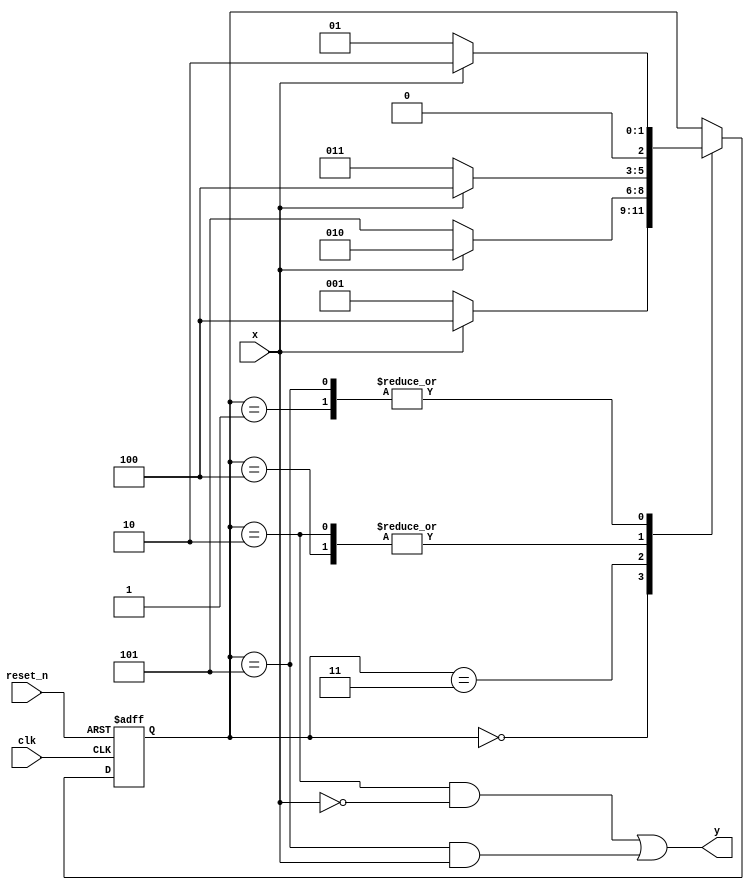
`timescale 1ns / 1ps

module dual_sequence_detector(
    input clk, reset_n, x,
    output y
    );
    reg [2:0] state_reg, state_next;
    localparam s0 = 0;
    localparam s1 = 1;
    localparam s2 = 2;
    localparam s3 = 3;
    localparam s4 = 4;
    localparam s5 = 5;
    // State register
    always@(posedge clk, negedge reset_n)
    begin
        if(~reset_n)
            state_reg <= s0;
        else
            state_reg <= state_next;
    end
    // Next state logic
    always@(*)
    begin
        case(state_reg)
            s0: if(x) 
                    state_next = s4;
                else
                    state_next = s1;
            s1: if(x)
                    state_next = s2;
                else
                    state_next = s1;
            s2: if(x)
                    state_next = s4;
                else
                    state_next = s3;
            s3: if(x)
                    state_next = s2;
                else
                    state_next = s5;
            s4: if(x)
                    state_next = s4;
                else
                    state_next = s3;
            s5: if(x)
                    state_next = s2;
                else 
                    state_next = s1;
            default: state_next = state_reg; 
        endcase
    end
    
    // Output logic
    assign y = (state_reg == s2)&~x || (state_reg == s5)&x;
endmodule